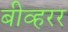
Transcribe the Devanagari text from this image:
बीव्हरर